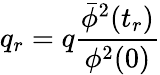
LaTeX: q_{r}=q\frac{{\bar{\phi}}^{2}(t_{r})}{\phi^{2}(0)}